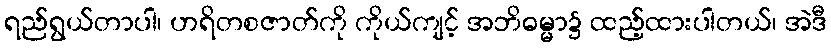
ရည်ရွယ်တာပါ၊ ဟရိတစဇာတ်ကို ကိုယ်ကျင့် အဘိဓမ္မာ၌ ထည့်ထားပါတယ်၊ အဲဒီ